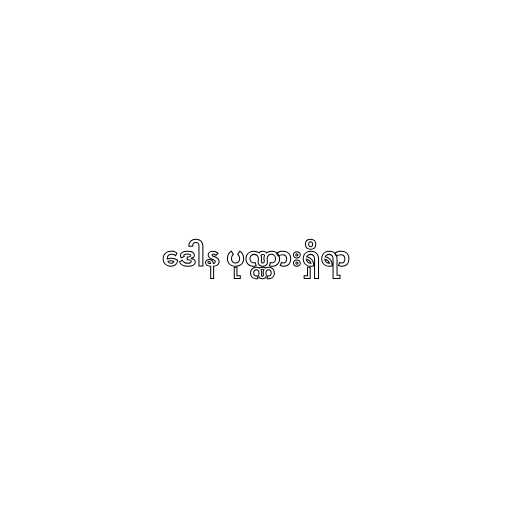
ဒေါန ပုဏ္ဏားရှိရာ